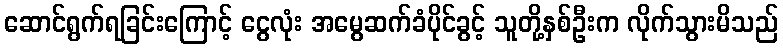
ဆောင်ရွက်ရခြင်းကြောင့် ငွေလုံး အမွေဆက်ခံပိုင်ခွင့် သူတို့နှစ်ဦးက လိုက်သွားမိသည်